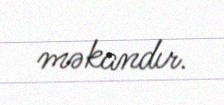
məkandır.